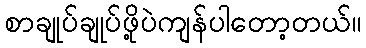
စာချုပ်ချုပ်ဖို့ပဲကျန်ပါတော့တယ်။